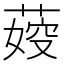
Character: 𦶞